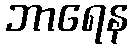
ဘာရေန